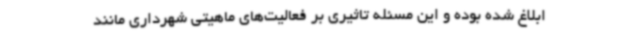
ابلاغ شده‌ بوده و این مسئله تاثیری بر فعالیت‌های ماهیتی شهرداری مانند